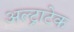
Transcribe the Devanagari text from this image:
अल्‍ट्राटेक